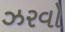
ઝરવો